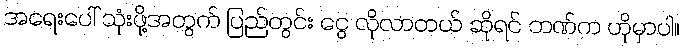
အရေးပေါ် သုံးဖို့အတွက် ပြည်တွင်း ငွေ လိုလာတယ် ဆိုရင် ဘဏ်က ဟိုမှာပါ။